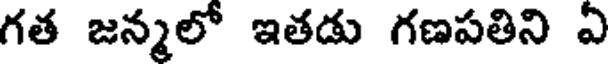
గత జన్మలో ఇతడు గణపతిని ఏ